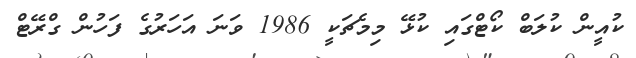
ކުއީން ކުލަބް ކޯޓްގައި ކުޅޭ މިމެޗަކީ 1986 ވަނަ އަހަރުގެ ފަހުން ގްރޭޓް